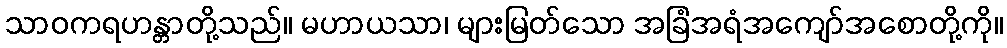
သာဝကရဟန္တာတို့သည်။ မဟာယသာ၊ များမြတ်သော အခြံအရံအကျော်အစောတို့ကို။